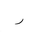
Letter: _ra